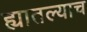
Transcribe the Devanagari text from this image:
ह्यातल्याच